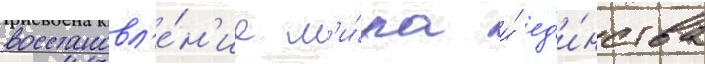
восстановл'е́н'ие м'и́ра и́ ед'и́нства